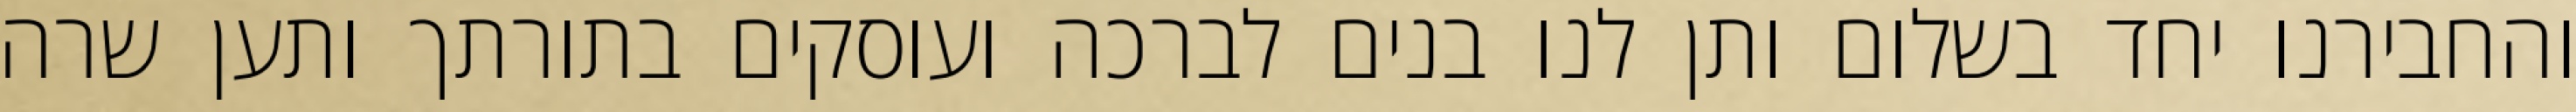
והחבירנו יחד בשלום ותן לנו בנים לברכה ועוסקים בתורתך ותען שרה